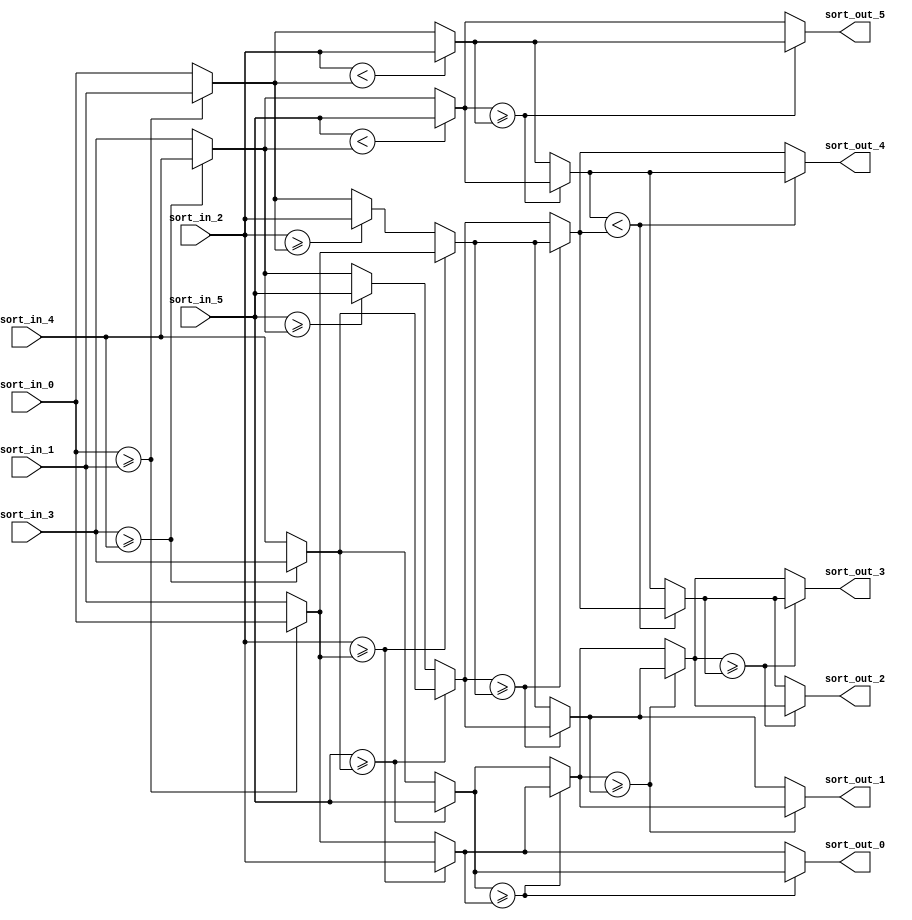
`timescale 1ns / 1ps


module sort(
     input [9:0] sort_in_0, sort_in_1, sort_in_2, sort_in_3, sort_in_4, sort_in_5,
    output [9:0] sort_out_0, sort_out_1, sort_out_2, sort_out_3, sort_out_4, sort_out_5
    );
    
    wire [9:0] a[1:0], b[2:0], c[1:0], d[2:0], e[3:0], f[1:0];
    // a for the larger in a pair, b for the smaller
    assign a[0] = sort_in_0 >= sort_in_1 ? sort_in_0 : sort_in_1;
    assign a[1] = sort_in_0 >= sort_in_1 ? sort_in_1: sort_in_0;
    
    assign b[0] = sort_in_2 >= a[0] ? sort_in_2 : a[0];
    assign b[1] = sort_in_2 >= a[0] ? a[0] : sort_in_2 >= a[1] ? sort_in_2 : a[1];
    assign b[2] = sort_in_2 < a[1] ? sort_in_2 : a[1];
    
    assign c[0] = sort_in_3 >= sort_in_4 ? sort_in_3 : sort_in_4;
    assign c[1] = sort_in_3 >= sort_in_4 ? sort_in_4 : sort_in_3;
    
    assign d[0] = sort_in_5 >= c[0] ? sort_in_5 : c[0];
    assign d[1] = sort_in_5 >= c[0] ? c[0] : sort_in_5 >= c[1] ? sort_in_5 : c[1];
    assign d[2] = sort_in_5 < c[1] ? sort_in_5 : c[1];
    
    assign sort_out_0 = d[0] >= b[0] ? d[0] : b[0];
    assign sort_out_5 = d[2] >= b[2] ? b[2] : d[2];
    
    assign e[0] = d[0] >= b[0] ? b[0] : d[0]; //the smaller of the largest two
    assign e[1] = d[1] >= b[1] ? d[1] : b[1]; //the larger of the middle two
    assign e[2] = d[1] >= b[1] ? b[1] : d[1]; //the smaller of the middle two
    assign e[3] = d[2] >= b[2] ? d[2] : b[2]; //the larger of the smallest two
    
    assign sort_out_1 = e[0] >= e[1] ? e[0] : e[1];
    assign sort_out_4 = e[3] < e[2]  ? e[3] : e[2];
    
    assign f[0] = e[0] >= e[1] ? e[1] : e[0]; 
    assign f[1] = e[3] < e[2]  ? e[2] : e[3]; //the remaining two still need to be compared
    
    assign sort_out_2 = f[0] >= f[1] ? f[0] : f[1];
    assign sort_out_3 = f[0] >= f[1] ? f[1] : f[0];
   
endmodule